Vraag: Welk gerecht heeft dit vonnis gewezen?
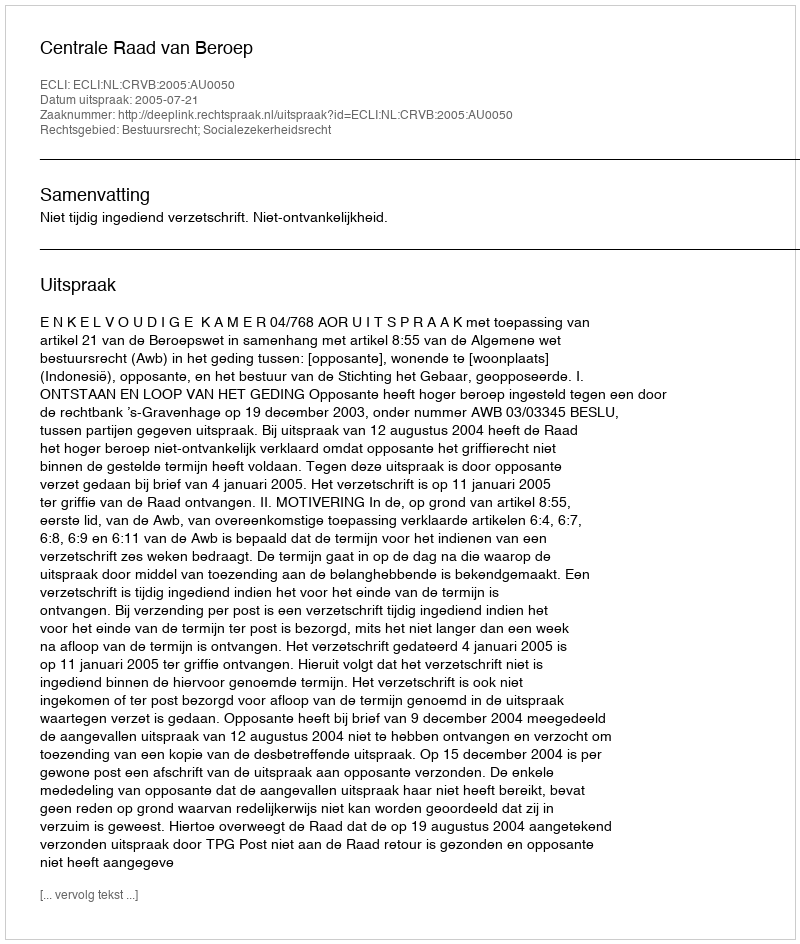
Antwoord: Centrale Raad van Beroep